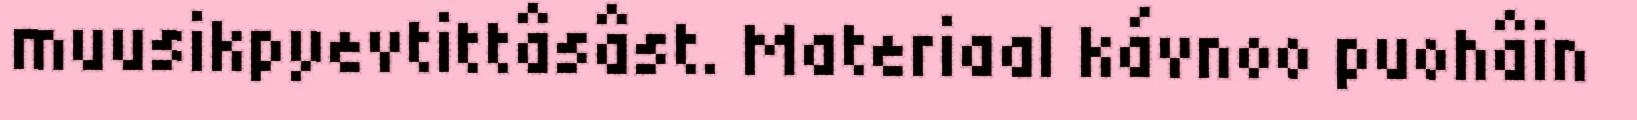
muusikpyevtittâsâst. Materiaal kávnoo puohâin